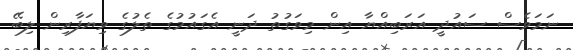
ނަމަވެސް ސައުދީ އަރަބިއްޔާ އިން މިވަގުތު ދަނީ އެގައުމުގެ ތެލުގެ ވިޔަފާރިން ލިބޭ